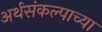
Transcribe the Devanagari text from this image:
अर्थसंकल्पाच्या